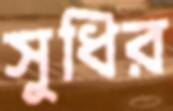
সুধির